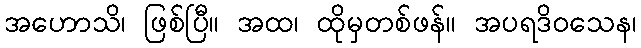
အဟောသိ၊ ဖြစ်ပြီ။ အထ၊ ထိုမှတစ်ဖန်။ အပရဒိဝသေန၊